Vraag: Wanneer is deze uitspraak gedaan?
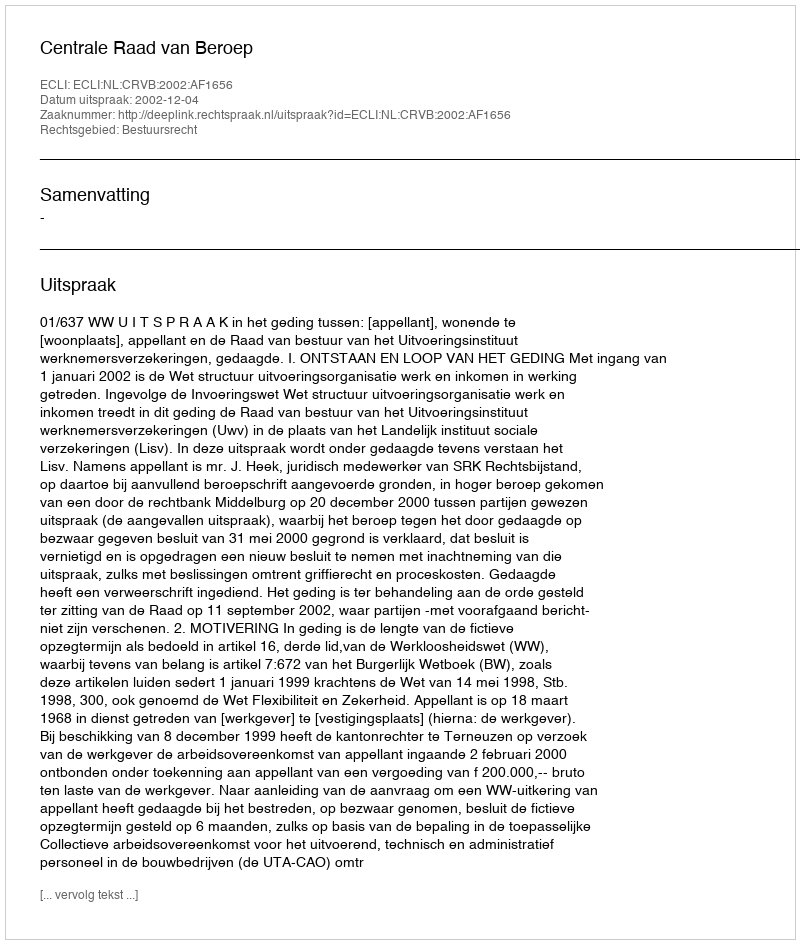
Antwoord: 2002-12-04